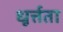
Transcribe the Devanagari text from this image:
धूर्त्तता